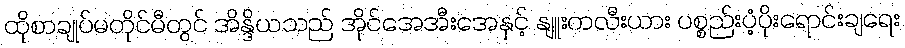
ထိုစာချုပ်မတိုင်မီတွင် အိန္ဒိယသည် အိုင်အေအီးအေနှင့် နျူးကလီးယား ပစ္စည်းပံ့ပိုးရောင်းချရေး